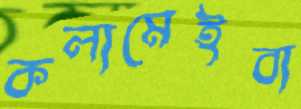
কলামেইবা